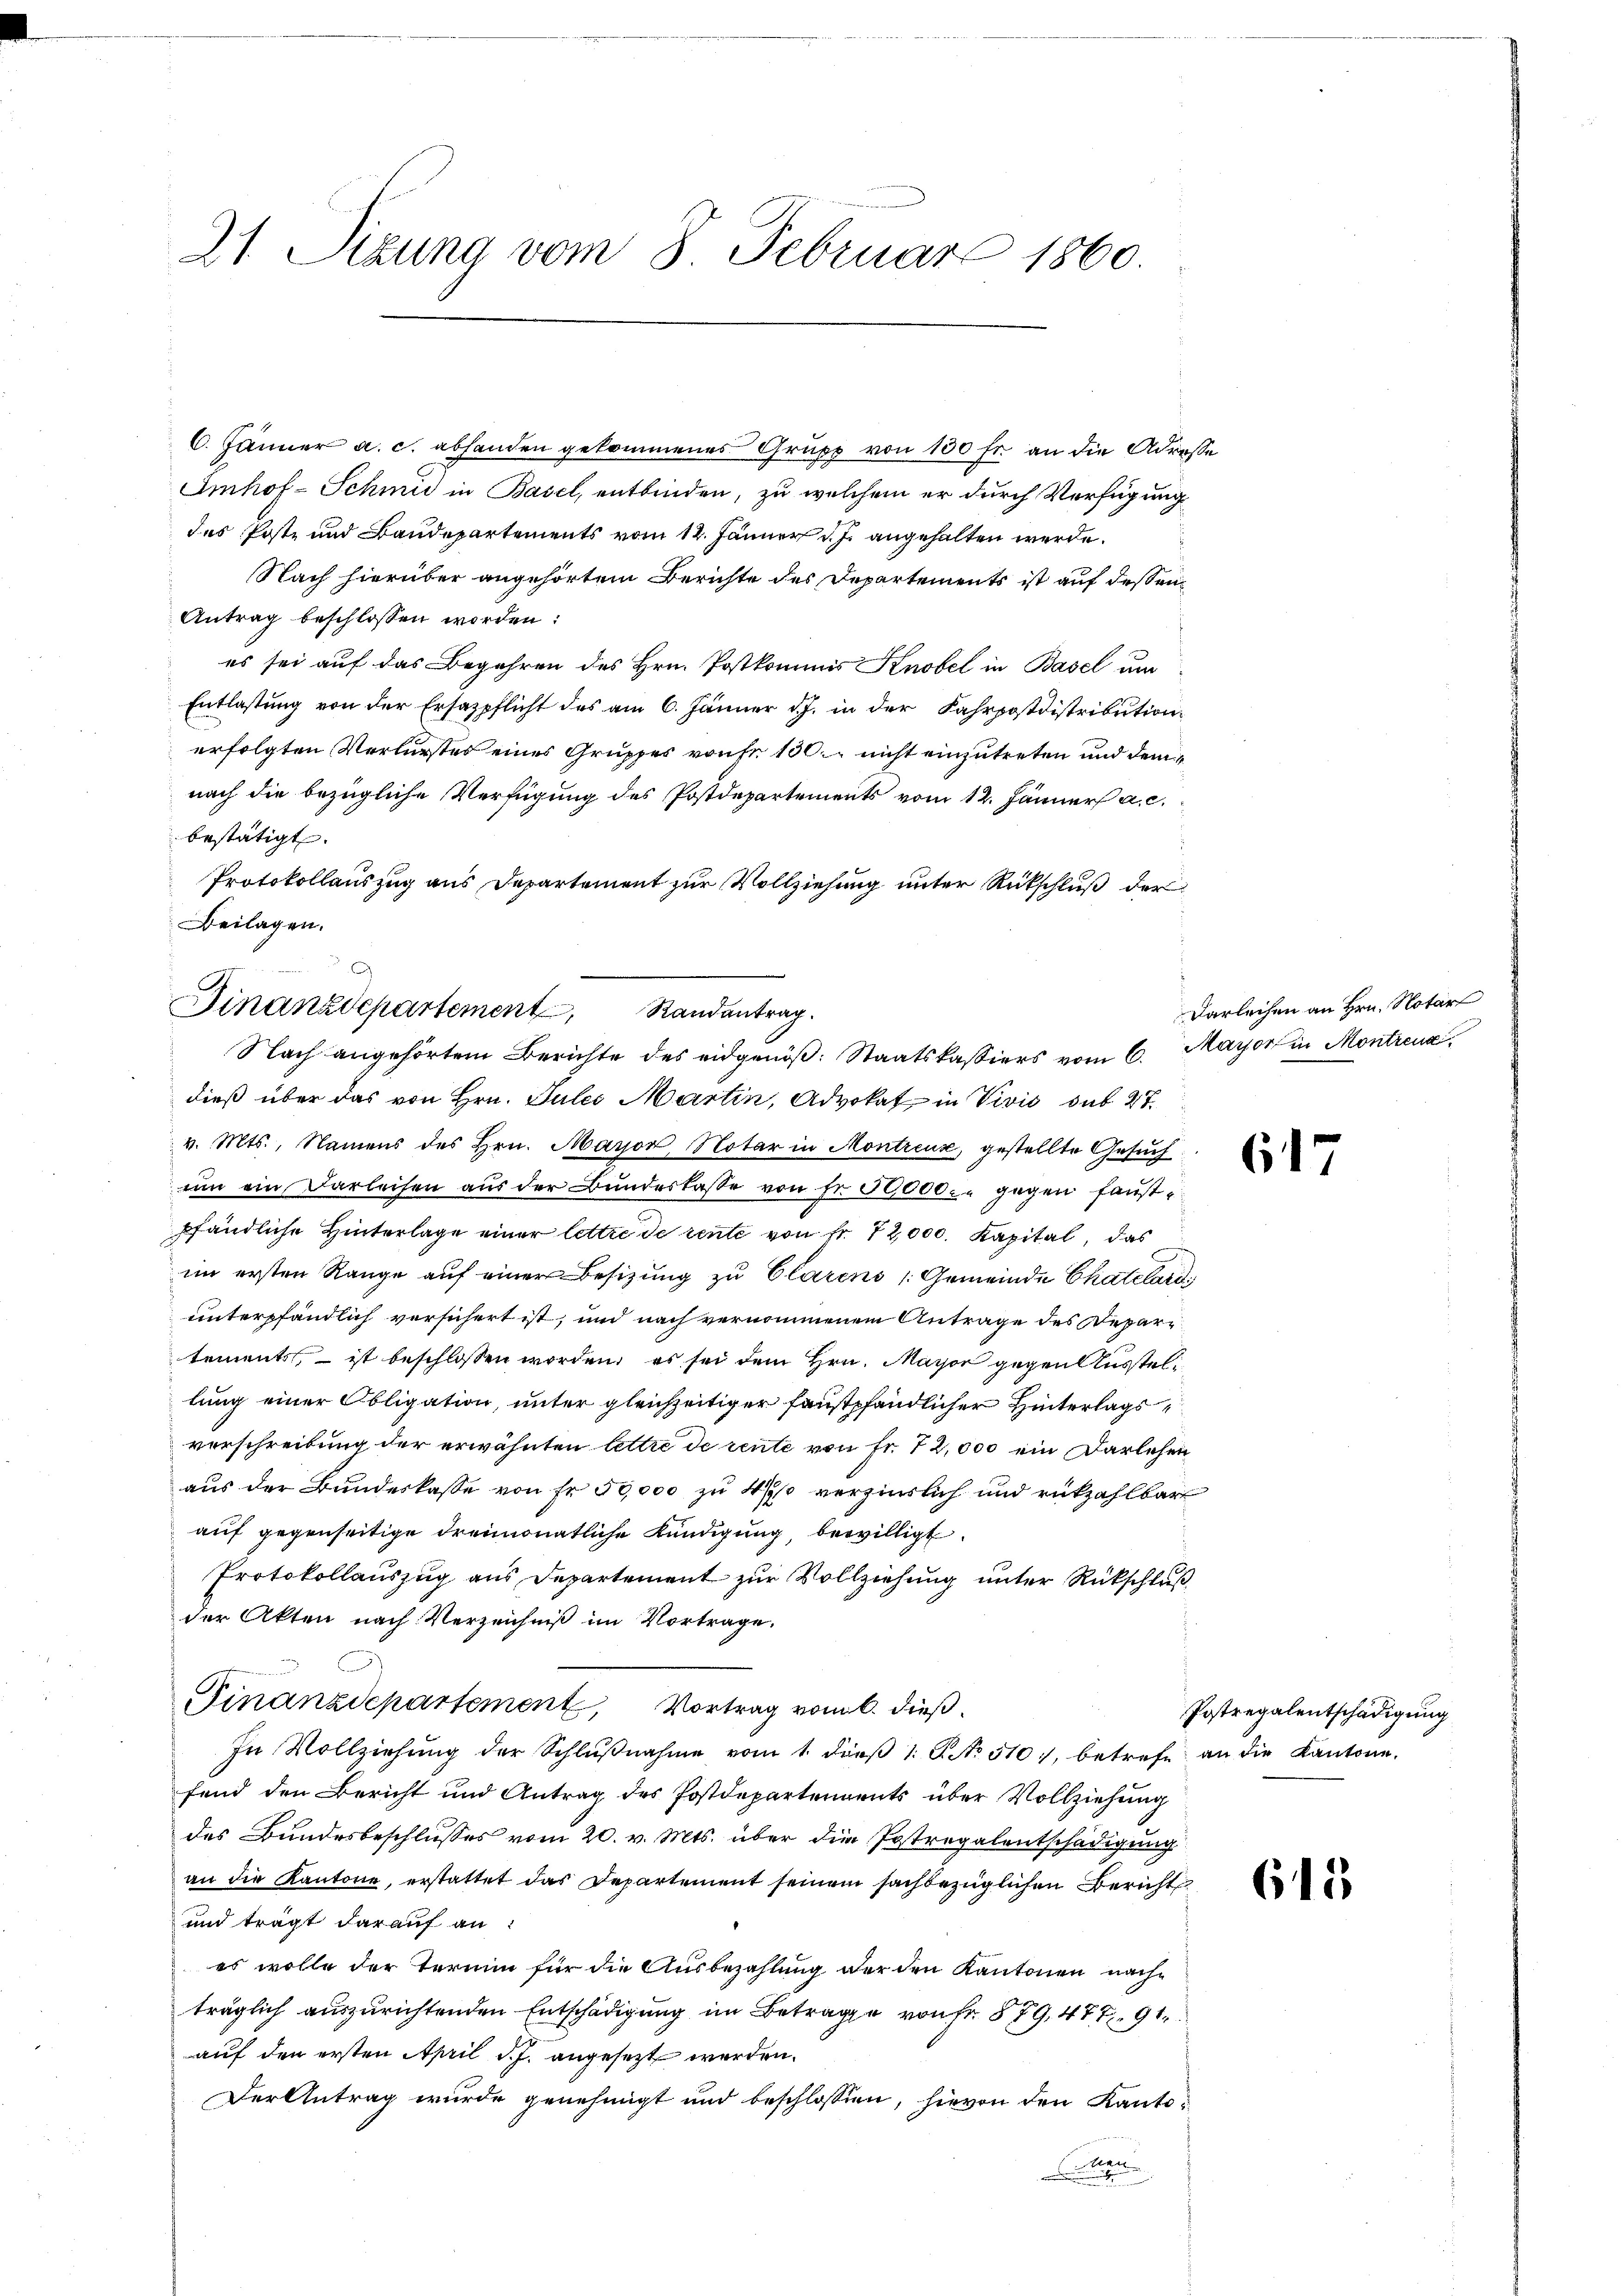
21 Sizung vom 8. Februar 1860.

6. Jänner a. c. abhanden gekommenes Grupp von 150 Fr. an die Adres¬
Amhof-Schmid in Basel, entbinden, zu welchem er durch Verfügung
das Poste und Baudepartements vom 12. Jänner 17. angehalten werde.
Nach hierüber angehörtem Berichte des Departements ist auf dessen
Antrag beschlossen worden:
es sei auf das Begehren des Hrn. Postkommis Knobel in Basel um
Entlastung von der Ersazpflicht des am 6. Jänner d. J. in der Fahrpostdistribution
erfolgten Verlurstes eines Gruppes von fr. 130. nicht einzutreten und dem
nach die bezügliche Verfügung des Postdepartements vom 12. Jänner a. c.
bestätigt.
Protokollauszug aus Departement zur Vollziehung unter Rückschluß der
Beilagen.
Finanzdepartement Randantrag.
dieß über das von Hrn. Julii Martin, Advokat in Vivis sub 27.
v. Mts., Namens des Hrn. Mayor, Notar in Montreux, gestellte Gesuch
um ein Darleisen aus der Bundeskasse von Fr. 50,000 gegen faustpfändliche Hinterlage einer lettre de rente von Fr. 72,000 Kapital, das
im ersten Range auf einer Besizung zu Clarens Gemeinde Chatelard
unterpfändlich vorsichert ist, und nach vernommenem Antrage des Departements, – ist beschlossen worden, es sei dem Hrn. Mayor gegenslustellung einer Obligation, unter gleichzeitiger faustpfändlicher Hinterlagsverschreibung der erwähnten lettre de rente von Fr. 72,000 ein Darlehen
aus der Bundeskasse von Fr. 50,000 zu 4 1/2% verzinslich und rückzahlbar
auf gegenseitige dreimonatliche Kündigung, bewilligt.
Protokollauszug aus Departement zur Vollziehung unter Rückschluß
der Akten nach Verzeichniß im Vortrage.
Finanzdepartement, Vortrag vom 6. dieß.
In Vollziehŭng der Schlŭβnahme vom 1. dieβ 1. No 510, betreff an die Kantone.
fend den Bericht und Antrag des Postdepartements über Vollziehung
des Bundesbeschlusses vom 20. v. Mts. über die Postregalentschädigung
an die Kantone, erstattet das Departement seinem sachbezüglichen Bericht
und trägt darauf an:
es wolle der Termin für die Ausbezahlung der den Kantonen nachträglich auszurichtenden Entschädigung im Betrage von fr. § 79, 477. 91
auf den ersten April d. J. angesezt werden.
Der Antrag wurde genehmigt und beschlossen, hievon den Kanto-
n

u

Nach angehörtem Berichte des eidgenöß: Staatskassiers vom 6. Mayor in Montreux

de

Darleihen an Hrn. Notar

617

Postregalentschädigung

615